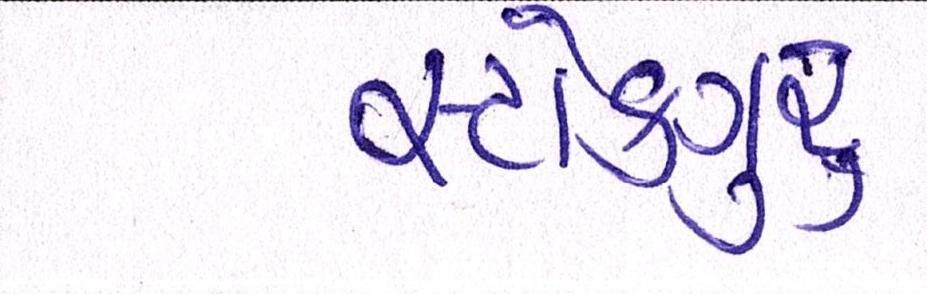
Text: સ્ટોકગુરૃ